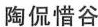
陶侃惜谷